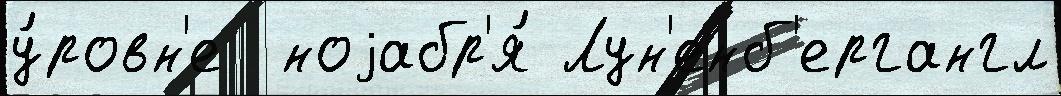
у́ровн'е  ноjабр'я́ Лун'енб'ергангл